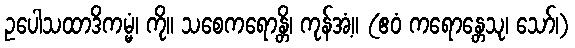
ဥပေါသထာဒိကမ္မံ၊ ကို။ သစေကရောန္တိ၊ ကုန်အံ့။ (ဧဝံ ကရောန္တေသု၊ သော်၊)